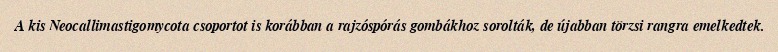
A kis Neocallimastigomycota csoportot is korábban a rajzóspórás gombákhoz sorolták, de újabban törzsi rangra emelkedtek.